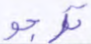
ترجو